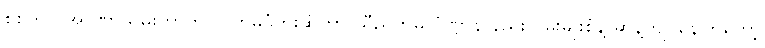
စစ်တပ် အာဏာသိမ်းတာကို လက်မခံဘူးဆိုတာ ညီညွတ်မှု ပုံဏ္ဍာန် နည်းလမ်းမျိုးစုံနဲ့ ဆန့်ကျင်နေကြတော့